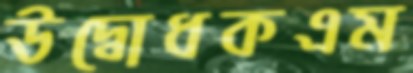
উদ্বোধকএম